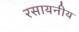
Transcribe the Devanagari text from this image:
रसायनीय